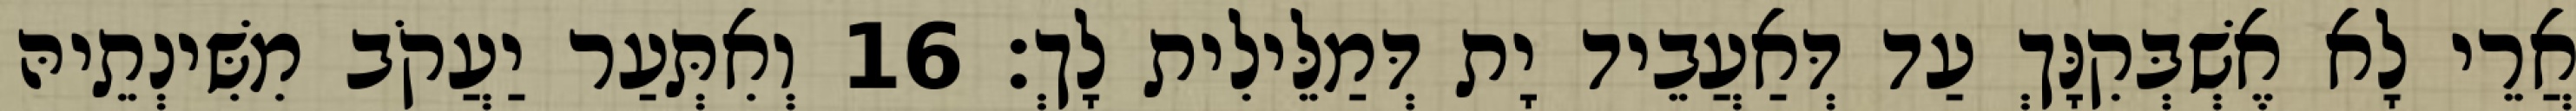
אֲרֵי לָא אֶשְׁבְּקִנָּךְ עַד דְּאַעֲבֵיד יָת דְּמַלֵּילִית לָךְ׃ 16 וְאִתְּעַר יַעֲקֹב מִשִּׁינְתֵיהּ